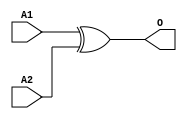
module JXOR2B(A1, A2, O);
input   A1;
input   A2;
output  O;
xor g0(O, A1, A2);
endmodule